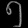
Digit: ၅